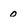
Character: o